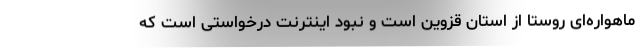
ماهواره‌ای روستا از استان قزوین است و نبود اینترنت درخواستی است که